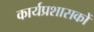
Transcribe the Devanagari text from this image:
कार्यप्रशासकों